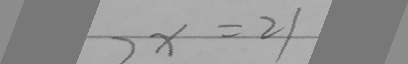
7 x = 2 1